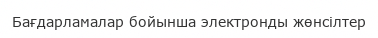
Бағдарламалар бойынша электронды жөнсілтер